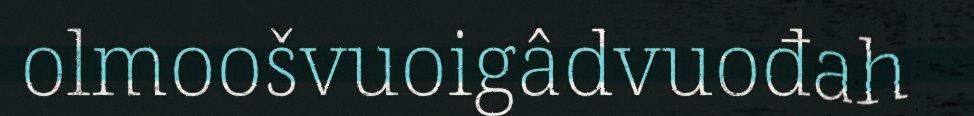
olmoošvuoigâdvuođah